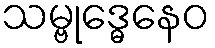
သမ္ဗုဒ္ဓေနေဝ